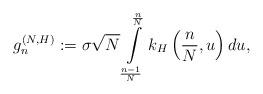
LaTeX: \begin{align*} g_n^{(N,H)}:=\sigma\sqrt{N}\int\limits_{\frac{n-1}{N}}^{\frac{n}{N}}k_H\left(\frac{n}{N},u\right)du,\end{align*}